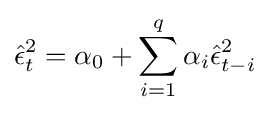
{\hat {\epsilon }}_{t}^{2}=\alpha _{0}+\sum _{i=1}^{q}\alpha _{i}{\hat {\epsilon }}_{t-i}^{2}